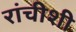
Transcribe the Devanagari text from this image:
रांचीशी